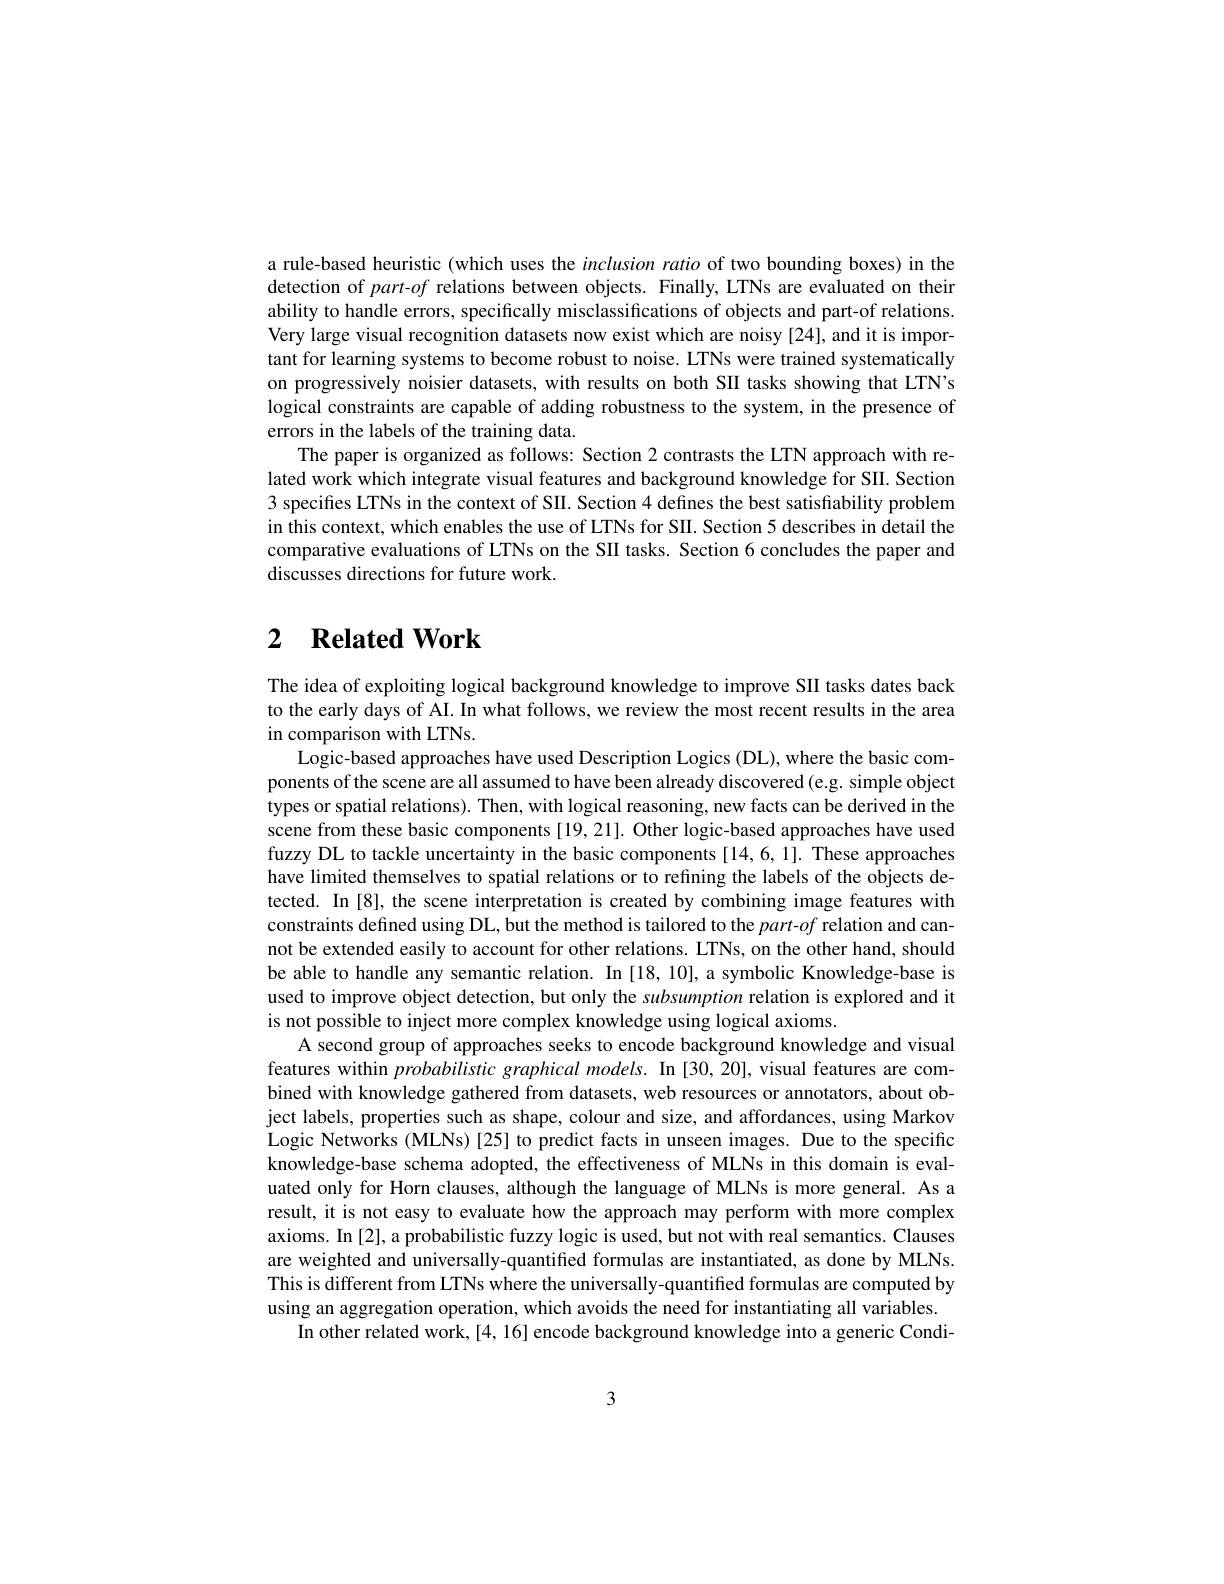
a rule-based heuristic (which uses the inclusion ratio of two bounding boxes) in the detection of part-of relations between objects. Finally, LTNs are evaluated on their ability to handle errors, specifically misclassifications of objects and part-of relations Very large visual recognition datasets now exist which are noisy [24], and it is important for learning systems to become robust to noise. LTNs were trained systematically on progressively noisier datasets, with results on both SII tasks showing that LTN's logical constraints are capable of adding robustness to the system, in the presence of errors in the labels of the training data.
The paper is organized as follows: Section 2 contrasts the LTN approach with related work which integrate visual features and background knowledge for SII. Section 3 specifies LTNs in the context of SII. Section 4 defines the best satisfiability problem in this context, which enables the use of LTNs for SII. Section 5 describes in detail the comparative evaluations of LTNs on the SII tasks. Section 6 concludes the paper and discusses directions for future work.

# 2 $\textbf{Related Work}$

The idea of exploiting logical background knowledge to improve SII tasks dates back to the early days of AI. In what follows, we review the most recent results in the area in comparison with LTNs.
Logic-based approaches have used Description Logics (DL), where the basic components of the scene are all assumed to have been already discovered (e.g. simple object types or spatial relations). Then, with logical reasoning, new facts can be derived in the scene from these basic components [19,21]. Other logic-based approaches have used fuzzy DL to tackle uncertainty in the basic components [14,6,1]. These approaches have limited themselves to spatial relations or to refining the labels of the objects detected. In [8], the scene interpretation is created by combining image features with constraints defined using DL, but the method is tailored to the $part-of$ relation and cannot be extended easily to account for other relations. LTNs, on the other hand, should be able to handle any semantic relation. In [18, 10],a symbolic Knowledge-base is used to improve object detection, but only the subsumption relation is explored and it is not possible to inject more complex knowledge using logical axioms.
A second group of approaches seeks to encode background knowledge and visual features within probabilistic graphical models. In [30,20], visual features are combined with knowledge gathered from datasets, web resources or annotators, about object labels, properties such as shape, colour and size, and affordances, using Markov Logic Networks (MLNs)[25] to predict facts in unseen images. Due to the specific knowledge-base schema adopted, the effectiveness of MLNs in this domain is evaluated only for Horn clauses, although the language of MLNs is more general. As a result, it is not easy to evaluate how the approach may perform with more complex axioms. In [2], a probabilistic fuzzy logic is used, but not with real semantics. Clauses are weighted and universally-quantified formulas are instantiated, as done by MLNs. This is different from LTNs where the universally-quantified formulas are computed by using an aggregation operation, which avoids the need for instantiating all variables.
In other related work,[4,16] encode background knowledge into a generic Condi-

3